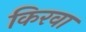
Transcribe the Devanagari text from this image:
किरवा